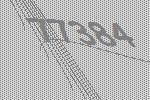
77384